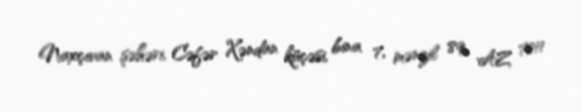
Naxçıvan şəhəri, Cəfər Xəndan küçəsi, bina 7, mənzil 89, AZ 7011